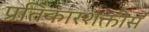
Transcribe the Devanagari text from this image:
प्रतिकारशक्तीस